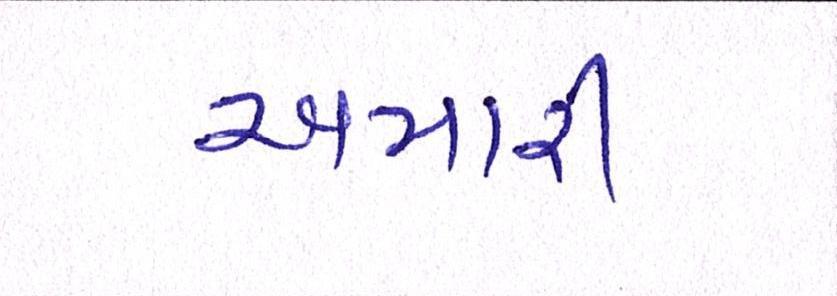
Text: અમારી